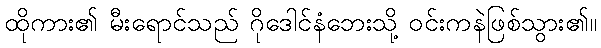
ထိုကား၏ မီးရောင်သည် ဂိုဒေါင်နံဘေးသို့ ဝင်းကနဲဖြစ်သွား၏။